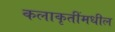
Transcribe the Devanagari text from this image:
कलाकृतींमधील